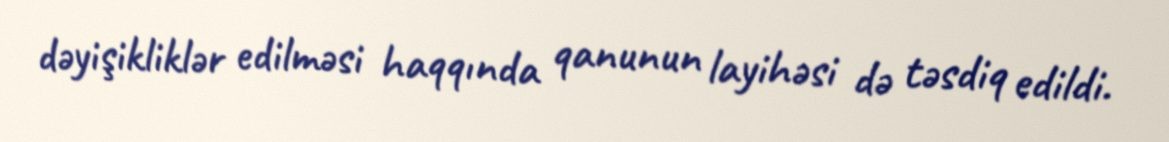
dəyişikliklər edilməsi haqqında qanunun layihəsi də təsdiq edildi.